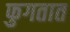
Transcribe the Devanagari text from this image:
फुगतात